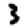
Digit: 3